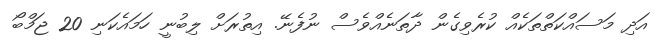
އަދި މަސައްކަތްތަކެއް ކުރެވިގެން ދާތަނެއްވެސް ނުފެނޭ. އިތުރަށް ލިބުނީ ހަމައެކަނި 20 ޖަމްބޯ